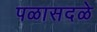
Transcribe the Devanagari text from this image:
पळासदळे